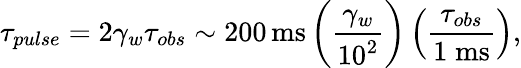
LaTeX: \tau_{pulse}=2\gamma_{w}\tau_{obs}\sim 200\, \mathrm{ms}\left(\frac{\gamma_{w}}{10^{2}}\right)\left(\frac{\tau_{obs}}{1\mathrm{\; ms}}\right),